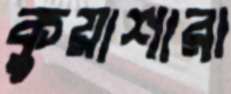
কুয়াশারা